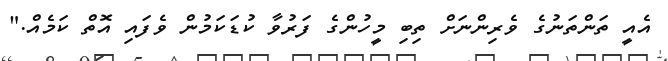
އެއީ ތަންތަނުގެ ވެރިންނަށް ތިބި މީހުންގެ ފަރުވާ ކުޑަކަމުން ވެފައި އޮތް ކަމެއް."